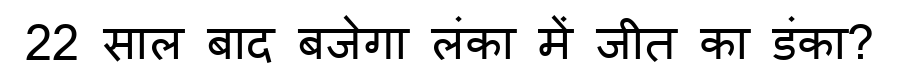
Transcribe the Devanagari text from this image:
22 साल बाद बजेगा लंका में जीत का डंका?